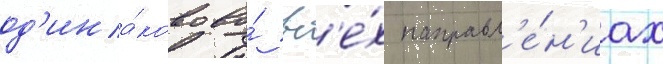
од'ина́ково во́ вс'е́х направл'е́н'иах